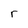
Character: r